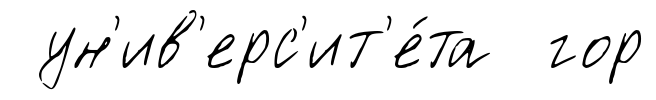
ун'ив'ерс'ит'е́та гор